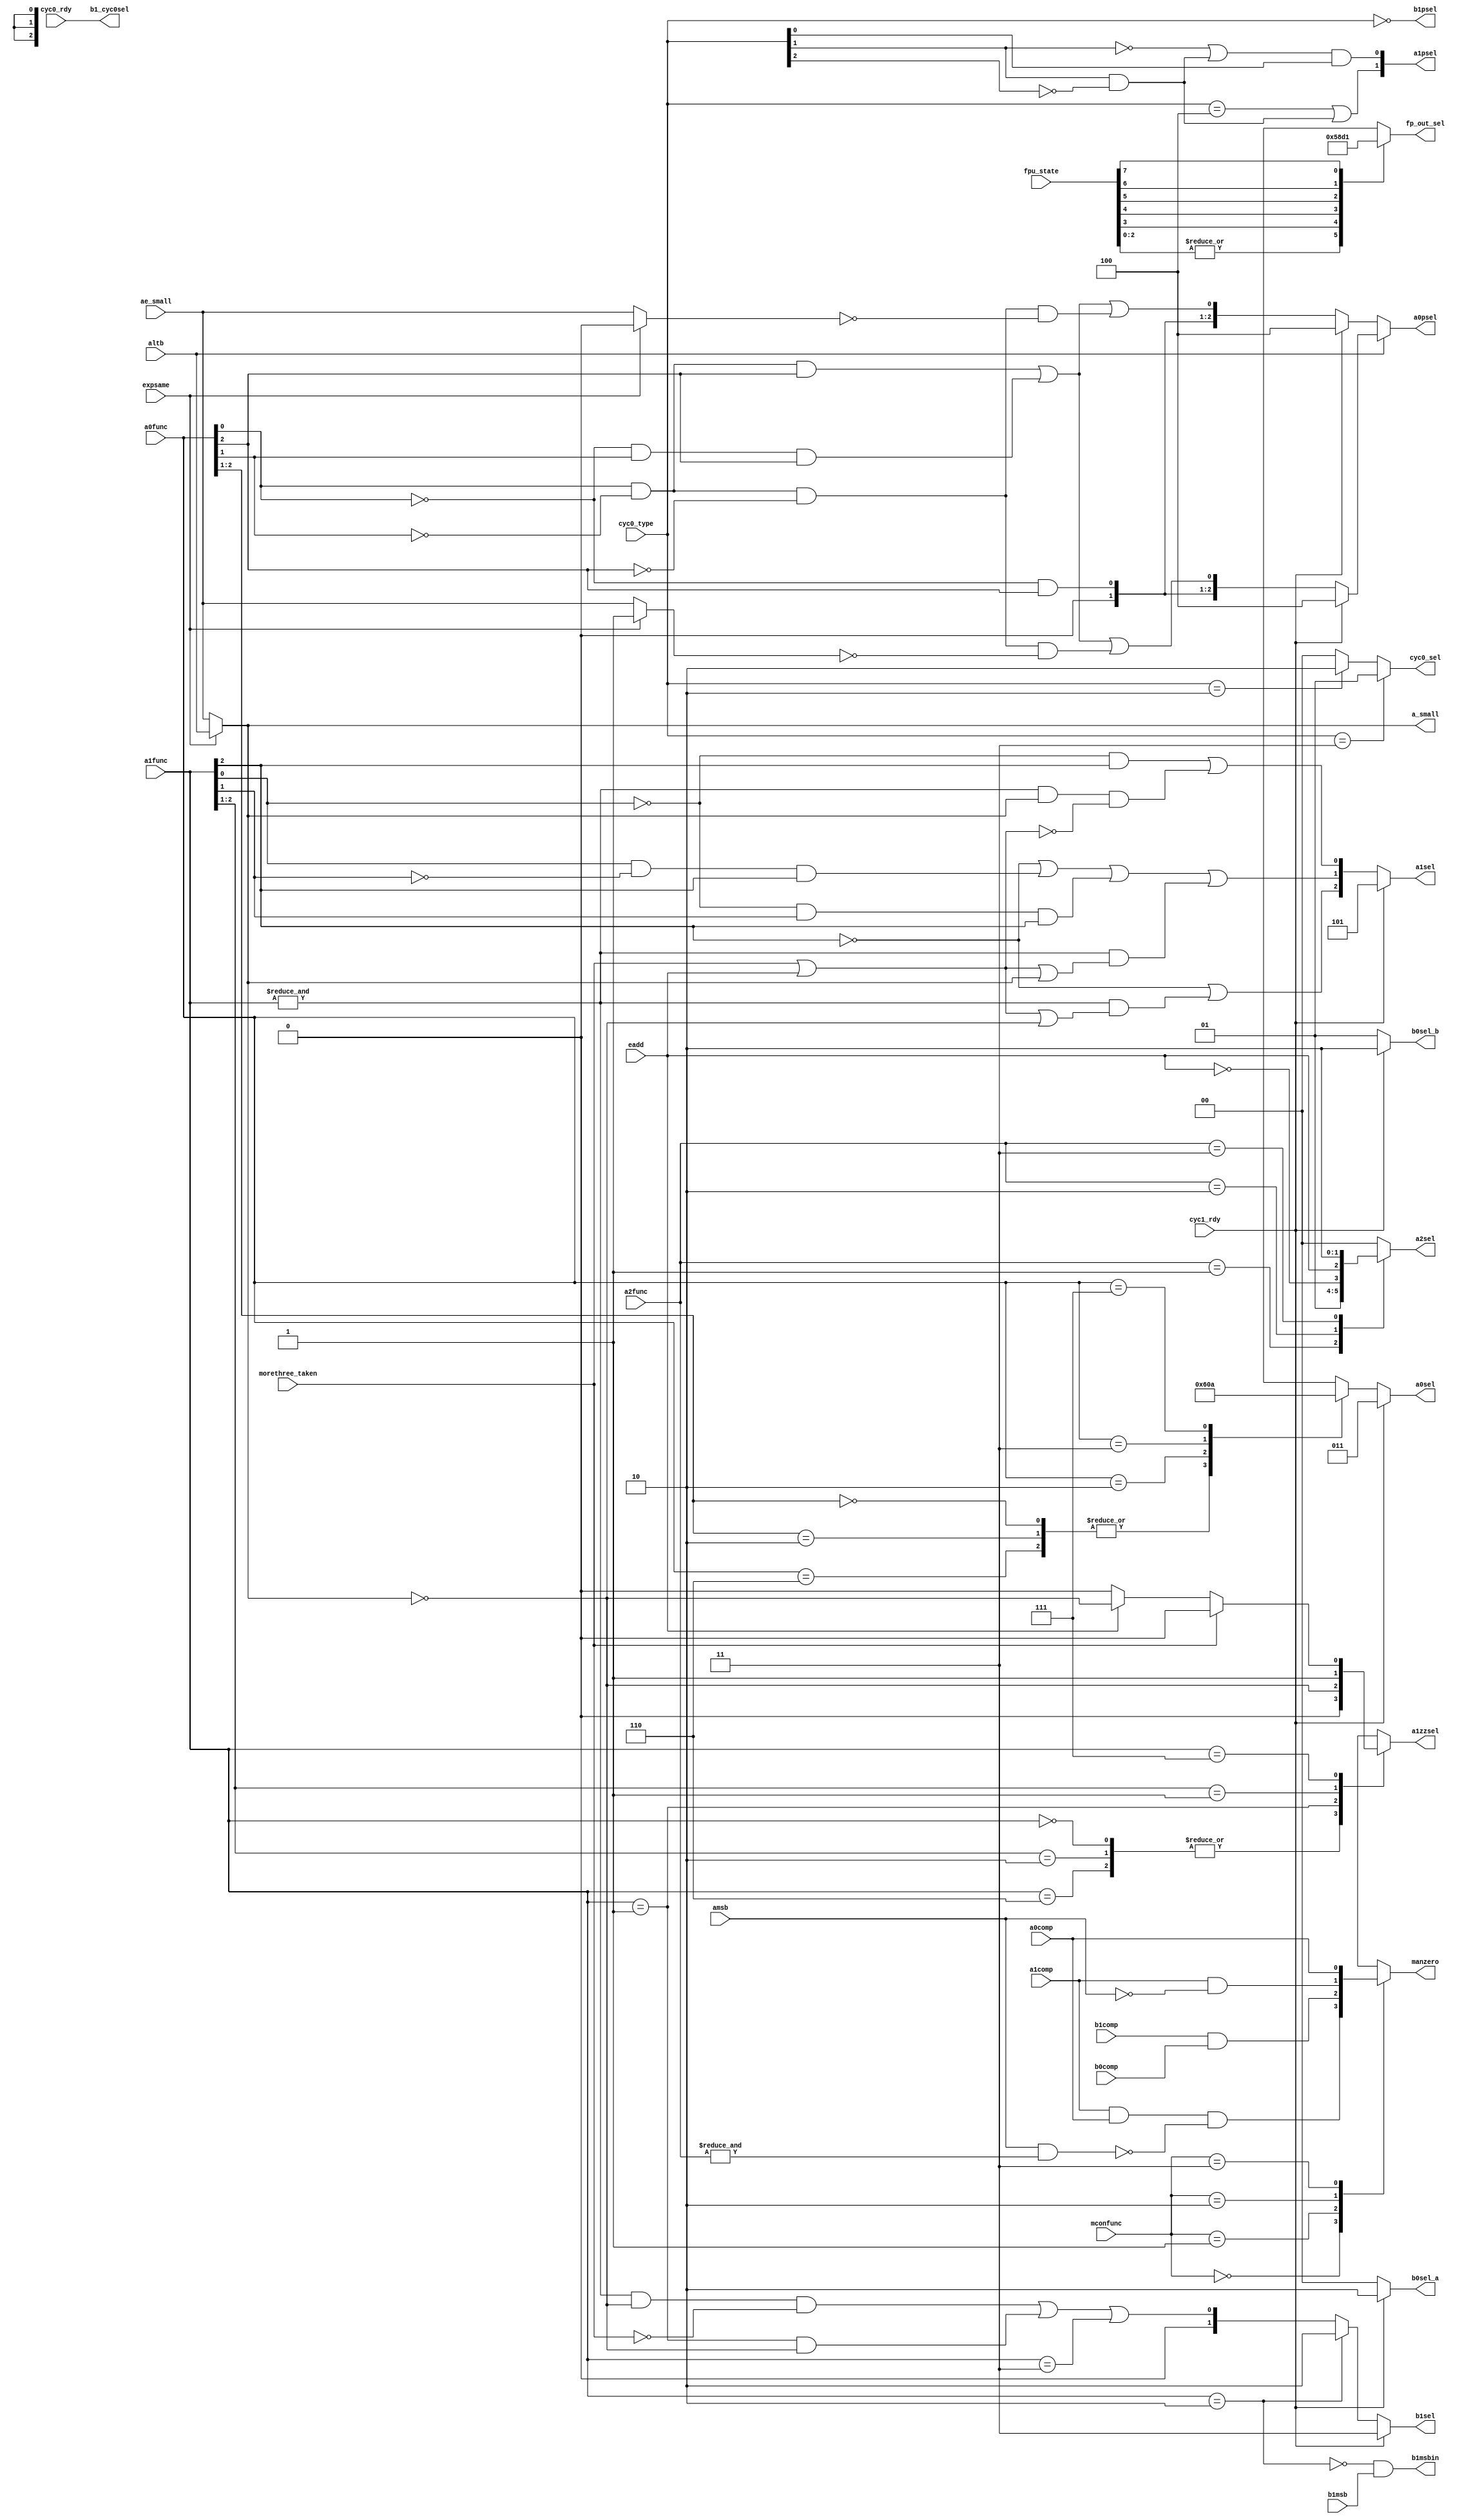
/****************************************************************
 ---------------------------------------------------------------
     Copyright 1999 Sun Microsystems, Inc., 901 San Antonio
     Road, Palo Alto, CA 94303, U.S.A.  All Rights Reserved.
     The contents of this file are subject to the current
     version of the Sun Community Source License, picoJava-II
     Core ("the License").  You may not use this file except
     in compliance with the License.  You may obtain a copy
     of the License by searching for "Sun Community Source
     License" on the World Wide Web at http://www.sun.com.
     See the License for the rights, obligations, and
     limitations governing use of the contents of this file.

     Sun, Sun Microsystems, the Sun logo, and all Sun-based
     trademarks and logos, Java, picoJava, and all Java-based
     trademarks and logos are trademarks or registered trademarks 
     of Sun Microsystems, Inc. in the United States and other
     countries.
 ----------------------------------------------------------------
******************************************************************/



module mantissa_dec(b0sel_a,b0sel_b,a_small,a1sel,a0sel,a0psel,
		    altb,expsame,ae_small,b1sel,
                    a0func,a1func,fp_out_sel,fpu_state,b1msb,b1msbin,
		    b1psel, a1psel,a2sel,eadd,a2func,morethree_taken,
		    cyc0_rdy,cyc0_type, cyc1_rdy,a1comp,a0comp,b1comp,
		    b0comp,mconfunc,amsb,manzero,
		    a1zzsel,b1_cyc0sel,cyc0_sel);

  input   [2:0]  a2func,a1func,a0func,cyc0_type;
  input   [7:0]  fpu_state;
  input   [1:0]  mconfunc;
  input          altb,expsame,ae_small;
  input          b1msb,eadd,morethree_taken;
  input          cyc0_rdy,cyc1_rdy,amsb,a1comp,a0comp,b1comp,b0comp;

  output    [2:0]  a0psel;
  output    [2:0]  fp_out_sel;
  output    [2:0]  a1sel;  
  output    [1:0]  b0sel_a,b0sel_b,b1sel,a1psel,a2sel;
  output    [1:0]  cyc0_sel;
  output           b1psel,b1msbin,manzero,a_small,a1zzsel,b1_cyc0sel;
  output    [2:0]  a0sel;

  wire             a_small,a1top,b1_cyc0sel;

`define s0 0
`define s1 1
`define s2 2
`define s3 3
`define s4 4
`define s5 5
`define s6 6
`define s7 7


  reg     [2:0]  fp_out_sel, a0selz;
  reg     [1:0]  a2sel,b1sel,cyc0_sel;
  reg            manzero,a1zzsel;
  wire	  [2:0]  a1selz, a0psel, a0psel_0, a0psel_1;
  wire	  [1:0]  a1psel;
  wire	  [2:0]  a0pselz;
  wire		 a0pselz_0, a_small0, a_small1;
  

//  wire [2:0] a2seltemp;

    assign a1top = (amsb && (& a2func)); // Special test to top bit.

    always @(mconfunc or a1comp or a0comp or b1comp or b0comp or amsb or 
	     a1top) 
     begin
      case(mconfunc)
        2'h0:    manzero = (a1comp && a0comp && !a1top); 
        2'h1:    manzero = (b1comp && b0comp);
        2'h2:    manzero = (a1comp && !amsb);
        2'h3:    manzero = (a0comp);
        default: manzero = 1'h0;
      endcase
     end


    assign b1msbin = !(a1func==3'h2) & b1msb;
    assign a_small = (expsame) ? altb : ae_small;
    assign a_small0 = (expsame) ? 1'b0 : ae_small;
    assign a_small1 = (expsame) ? 1'b1 : ae_small;


    assign b0sel_a = cyc1_rdy ? 2'h2 : 2'h0;
    assign b0sel_b = cyc1_rdy ? 2'h2 : 2'h1;

    always @(a2func or eadd)  begin
        case(a2func)       // synopsys parallel_case
              3'h1:    a2sel = 2'h1;               /* zero */
              3'h2:    a2sel = {!eadd,eadd};
              3'h3:    a2sel = 2'h2;
              default: a2sel = 2'h0;
        endcase
    end

    always @(fpu_state)  
	begin
	  case(1'b1)         // synopsys full_case parallel_case
	    fpu_state[`s0], 
	    fpu_state[`s1], 
	    fpu_state[`s2]: fp_out_sel = 3'h0;   // zero.
	    fpu_state[`s3]: fp_out_sel = 3'h5;   // single.
	    fpu_state[`s4]: fp_out_sel = 3'h4;   // LSW double.
	    fpu_state[`s5]: fp_out_sel = 3'h3;   // MSW double.
	    fpu_state[`s6]: fp_out_sel = 3'h2;   // Low word of LONG.
	    fpu_state[`s7]: fp_out_sel = 3'h1;   // Top word of INT/LONG.
 	    default: fp_out_sel = 3'hx;
	  endcase
	end


    always @(a0func)
      casex(a0func)       // synopsys  full_case parallel_case
        3'b00x,
        3'b10x,
        3'b110:  a0selz = 3'h3;	
        3'b010:  a0selz = 3'h0;
        3'b011:  a0selz = 3'h1;
        3'b111:  a0selz = 3'h2;
        default: a0selz = 3'hx;
      endcase


assign a0pselz[0] = (a0func[0] & !a0func[1] & a0func[2]) | 
		    (!a0func[0] & a0func[1] & a0func[2]) |
		    (a0func[0] & !a0func[1] & !a0func[2] & !a_small0);

assign a0pselz_0 = (a0func[0] & !a0func[1] & a0func[2]) |
                    (!a0func[0] & a0func[1] & a0func[2]) |
		    (a0func[0] & !a0func[1] & !a0func[2] & !a_small1);

assign a0pselz[1] = (!a0func[0] & a0func[2]);

assign a0pselz[2] = 1'b0;


    assign a0sel = cyc1_rdy ? 3'h3 : a0selz;


assign a0psel_0 = cyc1_rdy ? 3'h4 : a0pselz;
assign a0psel_1 = cyc1_rdy ? 3'h4 : {a0pselz[2:1],a0pselz_0};

assign a0psel = altb ? a0psel_1 : a0psel_0;


   always @(cyc0_type) begin
        if(cyc0_type==3) 
		cyc0_sel = 2'h1;  /* A0 CYC0 double. (one operand)  */
        else if(cyc0_type==2) 
		cyc0_sel = 2'h2;  /* A0 CYC0 long.   (one operand)  */
        else                  
		cyc0_sel = 2'h0;  /* ZERO.  */
   end

assign a1selz[0] = (!a1func[0] & a1func[2]) |
		   (&a1func & a_small & !(morethree_taken | eadd));

assign a1selz[1] = (!a1func[2]) |
		   (a1func[0] & !a1func[1] & a1func[2]) |
		   (!a1func[0] & a1func[1] & a1func[2]) |
		   (&a1func & (morethree_taken | eadd | a_small));

assign a1selz[2] = (!a1func[2]) |
		   (&a1func & (morethree_taken | eadd | !a_small));
		   

   always @(a1func or morethree_taken or a_small or eadd) begin
      casex(a1func)     //  synopsys full_case parallel_case
          3'b000, 
          3'b10x, 		     /* rsout, lsout */
          3'b110: a1zzsel = 1'b0;    /* a1inc */
          3'b001: a1zzsel = {!a_small};
	  3'b01x: a1zzsel = 1'b1;   // {b1msbin,b1[30:0]}
          3'b111: begin
                  if(morethree_taken)
                        a1zzsel = 1'b0;
                  else if(eadd) 
                        a1zzsel = {!a_small};
                  else 
                        a1zzsel = 1'b0;
                end
       	  default: a1zzsel = 1'bx;
      endcase
  end


assign a1psel[0] = ((!cyc0_type[1]) |
		    (cyc0_type[1] & !cyc0_type[2])) & cyc0_type[0];

assign a1psel[1] = (cyc0_type == 3'b100) | (cyc0_type[1] & !cyc0_type[2]);

   assign a1sel = cyc1_rdy ? 3'h5 : a1selz;


 
  wire b1psel = (cyc0_type==0);  /* DOUBLE0. */
  assign b1_cyc0sel = cyc0_rdy;  // b1pre

 always @(a1func or a_small or morethree_taken or cyc1_rdy) begin
      if(cyc1_rdy)      
	b1sel = 2'h3;   /* DOUBLE1. */
      else if(a1func==3'h2)  
	b1sel = 2'h2;
      else
  	b1sel = {1'b0,(((& a1func) && !a_small && !morethree_taken)||
                         ((a1func==3'h1) && !a_small) || (a1func==3'h3))};
 end


endmodule